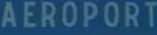
AEROPORT